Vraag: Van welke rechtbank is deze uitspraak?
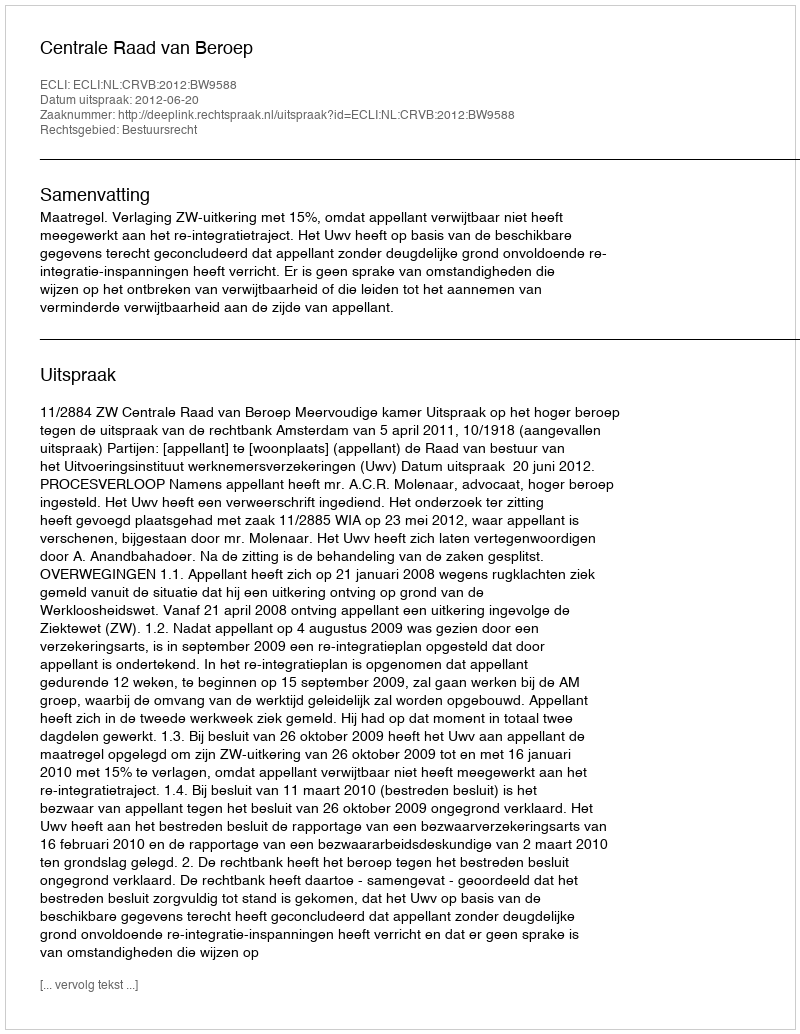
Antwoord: Centrale Raad van Beroep